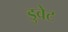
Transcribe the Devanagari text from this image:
डुवेट